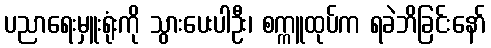
ပညာရေးမှူးရုံးကို သွားပေးပါဦး၊ စက္ကူထုပ်က ရခဲဘိခြင်းနော်